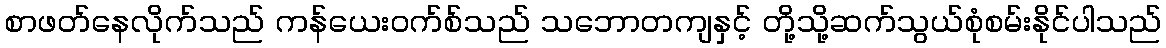
စာဖတ်နေလိုက်သည် ကန်ယေးဝက်စ်သည် သဘောတကျနှင့် တို့သို့ဆက်သွယ်စုံစမ်းနိုင်ပါသည်